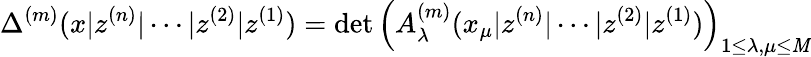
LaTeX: \Delta^{(m)}(x|z^{(n)}|\cdots|z^{(2)}|z^{(1)})=\operatorname*{det}\left(A_{\lambda}^{(m)}(x_{\mu}|z^{(n)}|\cdots|z^{(2)}|z^{(1)})\right)_{1\leq\lambda,\mu\leq\mathit{M}}